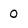
Character: 0